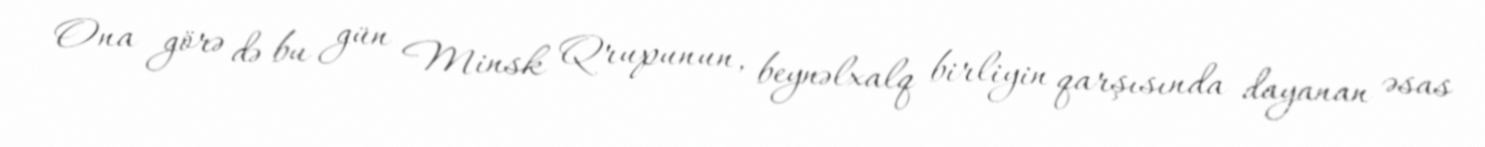
Ona görə də bu gün Minsk Qrupunun, beynəlxalq birliyin qarşısında dayanan əsas